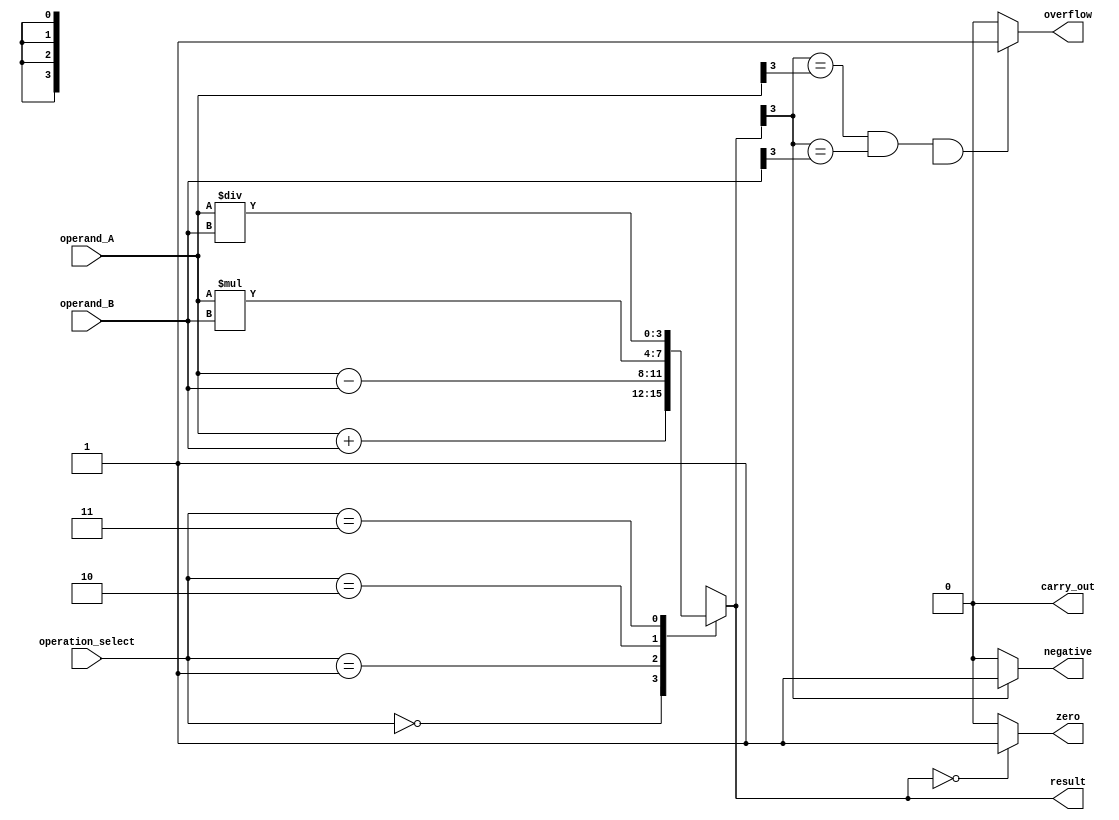
module ALU (
    input [3:0] operand_A,
    input [3:0] operand_B,
    input [1:0] operation_select,
    output reg [3:0] result,
    output reg carry_out,
    output reg overflow,
    output reg zero,
    output reg negative
);

// Arithmetic blocks
always @(*)
begin
    case(operation_select)
        2'b00: result = operand_A + operand_B; // Addition
        2'b01: result = operand_A - operand_B; // Subtraction
        2'b10: result = operand_A * operand_B; // Multiplication
        2'b11: result = operand_A / operand_B; // Division
    endcase
end

// Flags generation
always @(result)
begin
    carry_out = (result[4] == 1) ? 1'b1 : 1'b0; // Carry out flag
    overflow = (result[3] == operand_A[3] && result[3] == operand_B[3] && result[3] != result[4]) ? 1'b1 : 1'b0; // Overflow flag
    zero = (result == 4'b0000) ? 1'b1 : 1'b0; // Zero flag
    negative = (result[3] == 1) ? 1'b1 : 1'b0; // Negative flag
end

endmodule